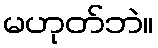
မဟုတ်ဘဲ။